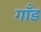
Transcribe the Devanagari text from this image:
गाँड